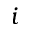
i